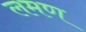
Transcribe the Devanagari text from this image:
लमण